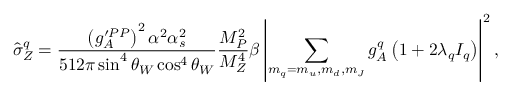
\hat { \sigma } _ { Z } ^ { q } = \frac { \left( g _ { A } ^ { \prime P P } \right) ^ { 2 } \alpha ^ { 2 } \alpha _ { s } ^ { 2 } } { 5 1 2 \pi \sin ^ { 4 } \theta _ { W } \cos ^ { 4 } \theta _ { W } } \frac { M _ { P } ^ { 2 } } { M _ { Z } ^ { 4 } } \beta \left| \sum _ { m _ { q } = m _ { u } , m _ { d } , m _ { J } } g _ { A } ^ { q } \left( 1 + 2 \lambda _ { q } I _ { q } \right) \right| ^ { 2 } ,